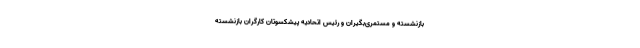
بازنشسته و مستمری‌بگیران و رئیس اتحادیه پیشکسوتان کارگران بازنشسته